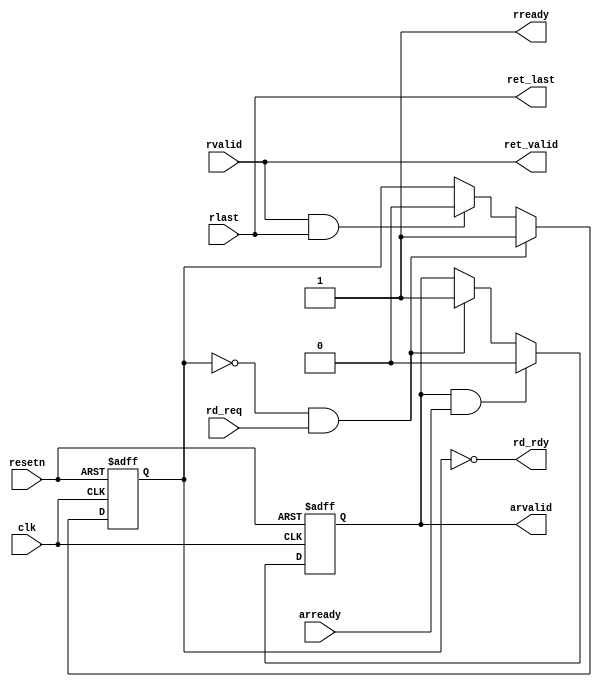
module icache_axi_interface(
    clk,resetn,
    rd_rdy,rd_req,ret_valid,ret_last,
    arvalid,arready,rlast,rvalid,rready
);
    input       clk;
    input       resetn;
//cache
    output      rd_rdy;
    input       rd_req;
    output      ret_valid;
    output      ret_last;
//axi
    output reg  arvalid;
    input       arready;
    input       rlast;
    input       rvalid;
    output      rready;
   
    reg reading;

//cache read axi
    assign rd_rdy = !reading;  
    assign ret_valid = rvalid;
    assign ret_last = rlast; 

    always @(posedge clk or negedge resetn)
    begin
        if(~resetn)
            reading <= 0;
        else if(~reading & rd_req)
            reading <= 1;
        else if(rvalid & rlast)
            reading <= 0;
        else
            reading <= reading;
    end

    //address
    always @(posedge clk or negedge resetn) 
    begin
        if(~resetn)
            arvalid <= 0;
        else if(arvalid & arready)//
            arvalid <= 0;
        else if(~reading & rd_req)
            arvalid <= 1;
        else
            arvalid <= arvalid;
    end

    //data
    assign rready = 1;
endmodule






module dcache_axi_interface(
    clk,resetn,
    rd_rdy,rd_req,wr_rdy,wr_req,ret_valid,ret_last,
    wr_data_cache,
    awvalid,awready,wvalid,wlast,wready,arvalid,arready,rlast,rvalid,rready,
    wdata,
    bresp,bvalid,bready
);
    input       clk;
    input       resetn;
//cache
    output      rd_rdy;
    input       rd_req;
    output      wr_rdy;
    input       wr_req;
    output      ret_valid;
    output      ret_last;
    input [127:0] wr_data_cache;
//axi
    output reg  awvalid;
    input       awready;
    output      wlast;
    output reg  wvalid;
    input       wready;
    output[31:0]wdata;
    output reg  arvalid;
    input       arready;
    input       rlast;
    input       rvalid;
    output      rready;
    input [1:0] bresp;
    input       bvalid;
    output      bready;
    
    reg writing,reading;
    reg [1:0]   num;
    reg [127:0] Write_buff;

    assign bready = writing;

//cache write axi
    assign wr_rdy = !writing;   

    always @(posedge clk or negedge resetn)
    begin
        if(~resetn)
            writing <= 0;
        else if(~writing & wr_req)
            writing <= 1;
        else if(writing & bvalid & ~bresp[1])
            writing <= 0;
        else
            writing <= writing;
    end

    //address
    always @(posedge clk or negedge resetn) 
    begin
        if(~resetn)
            awvalid <= 0;
        else if(awvalid & awready)//
            awvalid <= 0;
        else if(!writing & wr_req)
            awvalid <= 1;
        else
            awvalid <= awvalid;
    end

    //data
    always @(posedge clk or negedge resetn) 
    begin
        if(~resetn)
            wvalid <= 0;
        else if(awvalid & awready)
            wvalid <= 1;
        else if(wlast & wready)
            wvalid <= 0;
        else
            wvalid <= wvalid;
    end

    always @(posedge clk)
    begin
        if(~resetn)
            Write_buff <= 128'b0;
        else if(!writing & wr_req)
            Write_buff <= wr_data_cache;
    end

    always @(posedge clk or negedge resetn) 
    begin
        if(~resetn)
            num <= 0;
        else if(|num & wready)//num != 0 ,
            num <= num + 1;
        else if(wvalid & wready)//
            num <= 2'b01;
    end    

    assign wlast = &num;//num = 2'b11,last data

    assign wdata = Write_buff[(num*32+31) -: 32];

//cache read axi
    assign rd_rdy = !reading;  
    assign ret_valid = rvalid;
    assign ret_last = rlast; 

    always @(posedge clk or negedge resetn)
    begin
        if(~resetn)
            reading <= 0;
        else if(~reading & rd_req)
            reading <= 1;
        else if(rvalid & rlast)
            reading <= 0;
        else
            reading <= reading;
    end

    //address
    always @(posedge clk or negedge resetn) 
    begin
        if(~resetn)
            arvalid <= 0;
        else if(arvalid & arready)//
            arvalid <= 0;
        else if(~reading & rd_req)
            arvalid <= 1;
        else
            arvalid <= arvalid;
    end

    //data
    assign rready = 1;
endmodule

module uncache_axi_interface(
    clk,resetn,
    rd_rdy,rd_req,wr_rdy,wr_req,ret_valid,ret_last,
    wr_data_cache,
    awvalid,awready,wvalid,wlast,wready,arvalid,arready,rlast,rvalid,rready,
    wdata,
    bresp,bvalid,bready
);
    input       clk;
    input       resetn;
//cache
    output      rd_rdy;
    input       rd_req;
    output      wr_rdy;
    input       wr_req;
    output      ret_valid;
    output      ret_last;
    input [31:0] wr_data_cache;
//axi
    output reg  awvalid;
    input       awready;
    output      wlast;
    output reg  wvalid;
    input       wready;
    output[31:0]wdata;
    output reg  arvalid;
    input       arready;
    input       rlast;
    input       rvalid;
    output      rready;
    input [1:0] bresp;
    input       bvalid;
    output      bready;
    
    reg writing,reading;
    reg [31:0] Write_buff;

    assign bready = writing;
    assign wlast = 1;

//cache write axi
    assign wr_rdy = !(writing | reading);   

    always @(posedge clk or negedge resetn)
    begin
        if(~resetn)
            writing <= 0;
        else if(~writing & wr_req)
            writing <= 1;
        else if(writing & bvalid & ~bresp[1])
            writing <= 0;
        else
            writing <= writing;
    end

    //address
    always @(posedge clk or negedge resetn) 
    begin
        if(~resetn)
            awvalid <= 0;
        else if(awvalid & awready)//
            awvalid <= 0;
        else if(!writing & wr_req)
            awvalid <= 1;
        else
            awvalid <= awvalid;
    end

    //data
    always @(posedge clk or negedge resetn) 
    begin
        if(~resetn)
            wvalid <= 0;
        else if(awvalid & awready)
            wvalid <= 1;
        else if(wvalid & wready)
            wvalid <= 0;
        else
            wvalid <= wvalid;
    end

    always @(posedge clk)
    begin
        if(~resetn)
            Write_buff <= 32'b0;
        else if(!writing & wr_req)
            Write_buff <= wr_data_cache;
    end

    assign wdata = Write_buff;

//cache read axi
    assign rd_rdy = !(writing | reading);  
    assign ret_valid = rvalid;
    assign ret_last = rlast; 

    always @(posedge clk or negedge resetn)
    begin
        if(~resetn)
            reading <= 0;
        else if(~reading & rd_req & ~wr_req)
            reading <= 1;
        else if(rvalid & rlast)
            reading <= 0;
        else
            reading <= reading;
    end

    //address
    always @(posedge clk or negedge resetn) 
    begin
        if(~resetn)
            arvalid <= 0;
        else if(arvalid & arready)//
            arvalid <= 0;
        else if(~reading & rd_req & ~wr_req)
            arvalid <= 1;
        else
            arvalid <= arvalid;
    end

    //data
    assign rready = 1;
endmodule